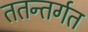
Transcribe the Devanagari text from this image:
ततन्तर्गत